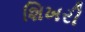
શિખરી